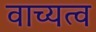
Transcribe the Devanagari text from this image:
वाच्यत्व